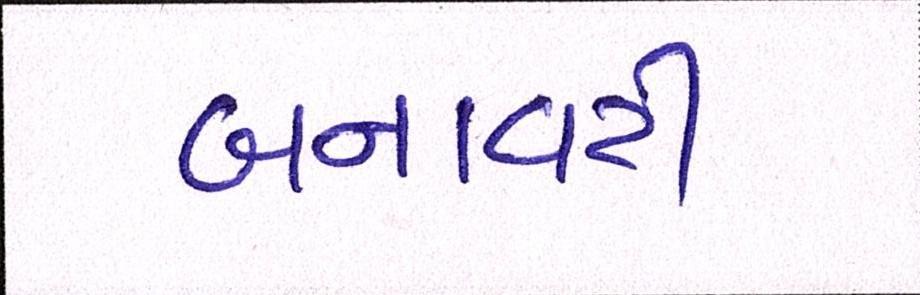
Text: બનાવટી